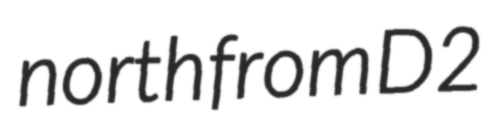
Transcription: north from D2